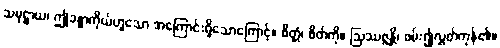
သမုဋ္ဌာယ၊ ဤခန္ဓာကိုယ်ဟူသော အကြောင်းရှိသောကြောင့်။ စိတ္တံ၊ စိတ်ကို။ ဩဿဇ္ဇန္တိ၊ ဖမ်း၍လွှတ်ကုန်၏။